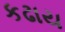
કઢાય